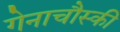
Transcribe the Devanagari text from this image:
गेनाचौस्की